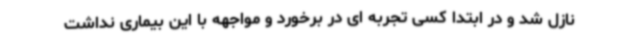
نازل شد و در ابتدا کسی تجربه ای در برخورد و مواجهه با این بیماری نداشت